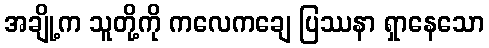
အချို့က သူတို့ကို ကလေကချေ ပြဿနာ ရှာနေသော